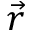
\vec { r }